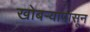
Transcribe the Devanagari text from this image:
खोबर्‍यापासून